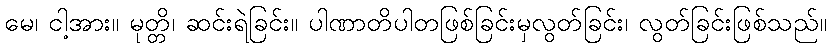
မေ၊ ငါ့အား။ မုတ္တိ၊ ဆင်းရဲခြင်း။ ပါဏာတိပါတဖြစ်ခြင်းမှလွတ်ခြင်း၊ လွတ်ခြင်းဖြစ်သည်။